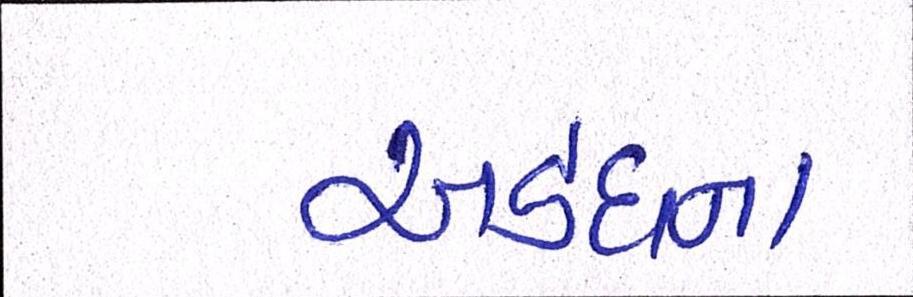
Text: અડદના